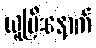
ယူပြီးနောက်